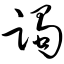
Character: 躅